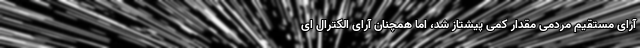
آرای مستقیم مردمی مقدار کمی پیشتاز شد، اما همچنان آرای الکترال ای